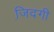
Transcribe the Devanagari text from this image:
जि़दगी